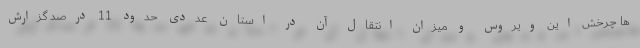
ها چرخش این ویروس و میزان انتقال آن در استان عددی حدود 11 درصد گزارش